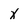
Character: x